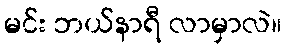
မင်း ဘယ်နာရီ လာမှာလဲ။